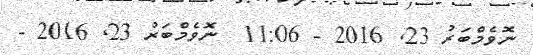
ނޮވެމްބަރު 23